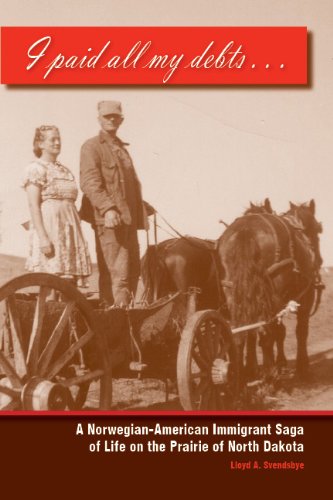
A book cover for I paid all my debts: A Norwegian-American Immigrant Saga of Life on the Prairie of North Dakota; Lloyd Svendsbye; Biographies & Memoirs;